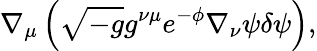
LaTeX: \nabla_{\mu}\left(\sqrt{-g}g^{\nu\mu}e^{-\phi}\nabla_{\nu}\psi\delta\psi\right),